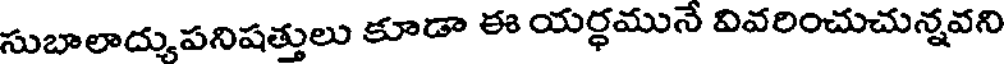
సుబాలాద్యుపనిషత్తులు కూడా ఈ యర్ధమునే వివరించుచున్నవని